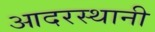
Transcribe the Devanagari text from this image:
आदरस्थानी